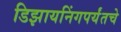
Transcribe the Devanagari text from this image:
डिझायनिंगपर्यंतचे